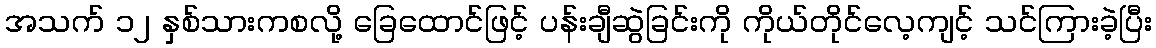
အသက် ၁၂ နှစ်သားကစလို့ ခြေထောင်ဖြင့် ပန်းချီဆွဲခြင်းကို ကိုယ်တိုင်လေ့ကျင့် သင်ကြားခဲ့ပြီး